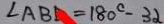
\angle A B D = 1 8 0 ^ { \circ } - 3 2